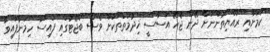
ކަމަށާއި ރައްޔިތުންނަށް ދޭން ޖެހޭ އަސާސީ ޚިދުމަތްތަކަށް ވެސް ބަޖެޓުގައި ފައިސާ ހިމަނާފައިވާ